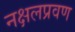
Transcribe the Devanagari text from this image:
नक्षलप्रवण